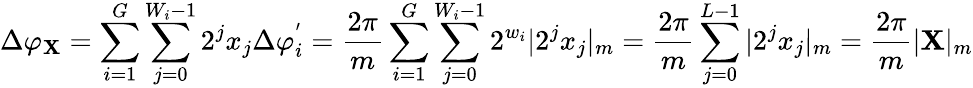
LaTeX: \Delta\varphi_{\mathbf{X}}=\sum_{i=1}^{G}\sum_{j=0}^{W_{i}-1}2^{j}x_{j}\Delta\varphi_{i}^{'}=\frac{{2\pi}}{{m}}\sum_{i=1}^{G}\sum_{j=0}^{W_{i}-1}2^{w_{i}}|2^{j}x_{j}|_{m}=\frac{{2\pi}}{{m}}\sum_{j=0}^{L-1}|2^{j}x_{j}|_{m}=\frac{{2\pi}}{{m}}|\mathbf{X}|_{m}